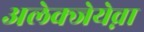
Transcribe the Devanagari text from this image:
अलेक्जेयेव्ना